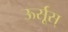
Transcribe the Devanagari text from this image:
ऊर्सूस्